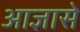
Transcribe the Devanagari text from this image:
आज्ञासे